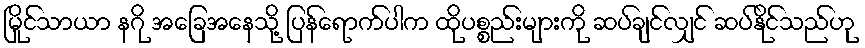
မြိုင်သာယာ နဂို အခြေအနေသို့ ပြန်ရောက်ပါက ထိုပစ္စည်းများကို ဆပ်ချင်လျှင် ဆပ်နိုင်သည်ဟု